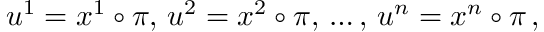
u ^ { 1 } = x ^ { 1 } \circ \pi , \, u ^ { 2 } = x ^ { 2 } \circ \pi , \, \dots , \, u ^ { n } = x ^ { n } \circ \pi \, ,